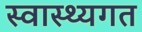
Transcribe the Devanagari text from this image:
स्वास्थ्यगत